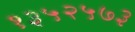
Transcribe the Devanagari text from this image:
१३५२५७३